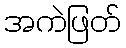
အကဲဖြတ်